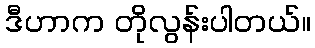
ဒီဟာက တိုလွန်းပါတယ်။